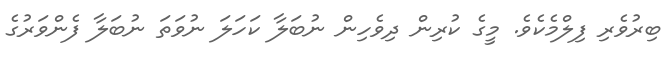
ބިރުވެރި ފިލްމެކެވެ. މީގެ ކުރިން ދިވެހިން ނުބަލާ ކަހަލަ ނުވަތަ ނުބަލާ ފެންވަރުގެ